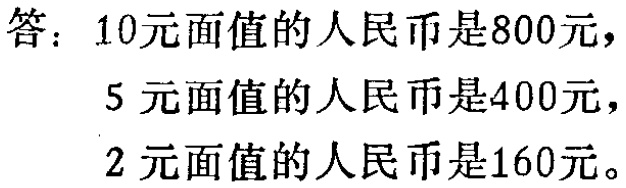
答：10元面值的人民币是800元，
5元面值的人民币是400元，
2元面值的人民币是160元。